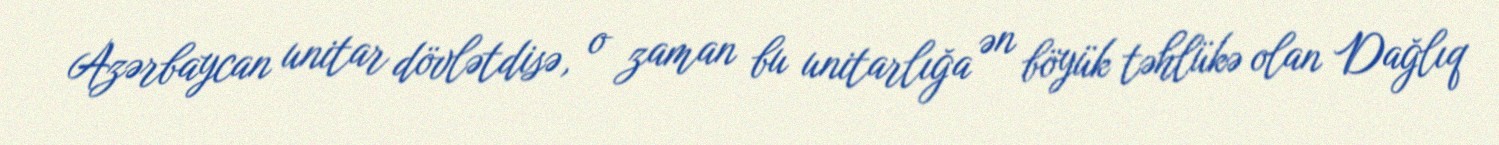
Azərbaycan unitar dövlətdisə, o zaman bu unitarlığa ən böyük təhlükə olan Dağlıq